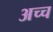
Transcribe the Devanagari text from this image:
अच्च